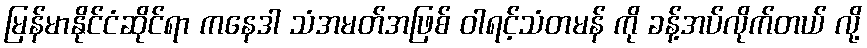
မြန်မာနိုင်ငံဆိုင်ရာ ကနေဒါ သံအမတ်အဖြစ် ဝါရင့်သံတမန် ကို ခန့်အပ်လိုက်တယ် လို့